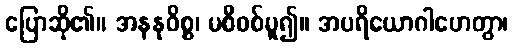
ပြောဆို၏။ အနနုဝိစ္စ၊ မစီစစ်မူ၍။ အပရိယောဂါဟေတွာ၊